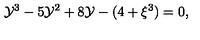
{ { \cal { Y } } } ^ { 3 } - 5 { { \cal { Y } } } ^ { 2 } + 8 { \cal { Y } } - ( 4 + \xi ^ { 3 } ) = 0 ,